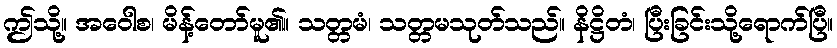
ဤသို့။ အဝေါစ၊ မိန့်တော်မူ၏။ သတ္တမံ၊ သတ္တမသုတ်သည်။ နိဋ္ဌိတံ၊ ပြီးခြင်းသို့ရောက်ပြီ။